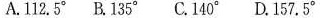
A.112.5° B.135° C.140° D.157.5°